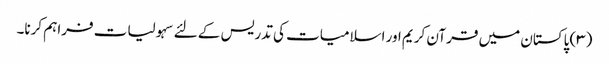
(۳) پاکستان میں قرآن کریم اور اسلامیات کی تدریس کے لئے سہولیات فراہم کرنا۔